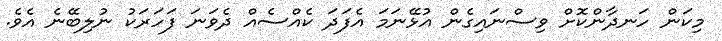
މިކަން ހަނދާންކޮށް ވިސްނައިގެން އުޅޭނަމަ އެފަދަ ކެއްސެއް ދެވަނަ ފަހަރަކު ނުލިބޭނެ އެވެ.